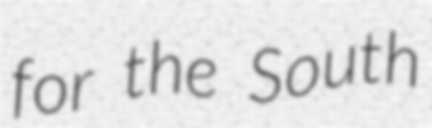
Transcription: for the South